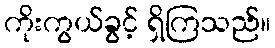
ကိုးကွယ်ခွင့် ရှိကြသည်။